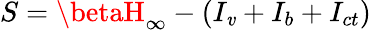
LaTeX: S=\betaH_{\infty}-(I_{\mathit{v}}+I_{b}+I_{ct})